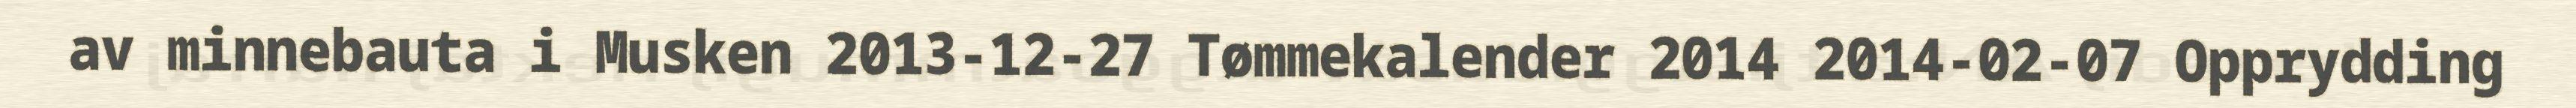
av minnebauta i Musken 2013-12-27 Tømmekalender 2014 2014-02-07 Opprydding